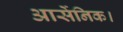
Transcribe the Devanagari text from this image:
आर्सेनिक।